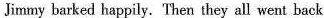
Jimmy barked happily. Then they all went back